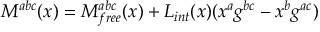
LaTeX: M ^ { a b c } ( x ) = M _ { f r e e } ^ { a b c } ( x ) + L _ { i n t } ( x ) ( x ^ { a } g ^ { b c } - x ^ { b } g ^ { a c } )